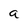
Character: a